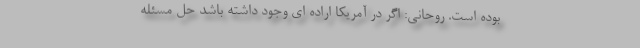
بوده است. روحانی: اگر در آمریکا اراده ای وجود داشته باشد حل مسئله